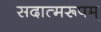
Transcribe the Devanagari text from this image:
सदात्मरूपम्